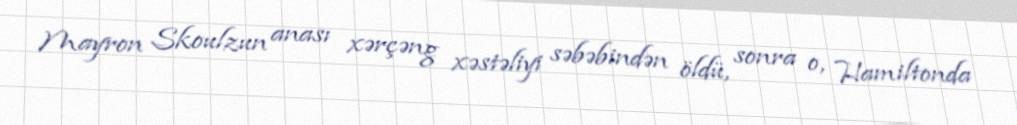
Mayron Skoulzun anası xərçəng xəstəliyi səbəbindən öldü, sonra o, Hamiltonda